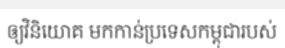
ឲ្យវិនិយោគ មកកាន់ប្រទេសកម្ពុជារបស់